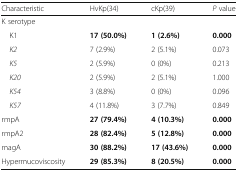
<table><thead><tr><td><b>Characteristic</b></td><td><b>HvKp(34)</b></td><td><b>cKp(39)</b></td><td><b><i>P</i> value</b></td></tr></thead><tbody><tr><td colspan="4">K serotype</td></tr><tr><td> K1</td><td><b>17 (50.0%)</b></td><td><b>1 (2.6%)</b></td><td><b>0.000</b></td></tr><tr><td> <i>K2</i></td><td>7 (2.9%)</td><td>2 (5.1%)</td><td>0.073</td></tr><tr><td> <i>K5</i></td><td>2 (5.9%)</td><td>0 (0%)</td><td>0.213</td></tr><tr><td> <i>K20</i></td><td>2 (5.9%)</td><td>2 (5.1%)</td><td>1.000</td></tr><tr><td> <i>K54</i></td><td>3 (8.8%)</td><td>0 (0%)</td><td>0.096</td></tr><tr><td> <i>K57</i></td><td>4 (11.8%)</td><td>3 (7.7%)</td><td>0.849</td></tr><tr><td>rmpA</td><td><b>27 (79.4%)</b></td><td><b>4 (10.3%)</b></td><td><b>0.000</b></td></tr><tr><td>rmpA2</td><td><b>28 (82.4%)</b></td><td><b>5 (12.8%)</b></td><td><b>0.000</b></td></tr><tr><td>magA</td><td><b>30 (88.2%)</b></td><td><b>17 (43.6%)</b></td><td><b>0.000</b></td></tr><tr><td>Hypermucoviscosity</td><td><b>29 (85.3%)</b></td><td><b>8 (20.5%)</b></td><td><b>0.000</b></td></tr></tbody></table>